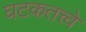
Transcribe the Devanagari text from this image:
घटकतत्त्वे